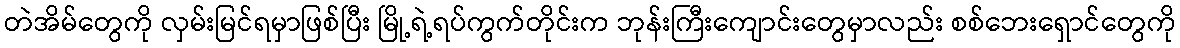
တဲအိမ်တွေကို လှမ်းမြင်ရမှာဖြစ်ပြီး မြို့ရဲ့ရပ်ကွက်တိုင်းက ဘုန်းကြီးကျောင်းတွေမှာလည်း စစ်ဘေးရှောင်တွေကို